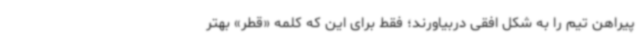
پیراهن تیم را به شکل افقی دربیاورند؛ فقط برای این که کلمه «قطر» بهتر